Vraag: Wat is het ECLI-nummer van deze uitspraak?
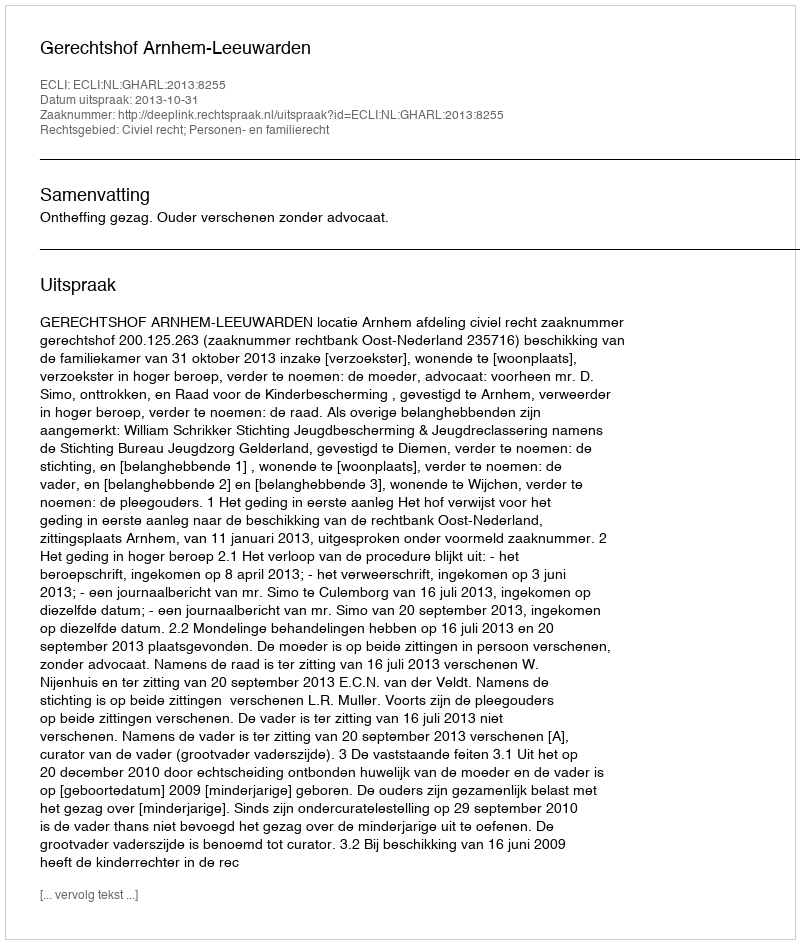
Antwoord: ECLI:NL:GHARL:2013:8255